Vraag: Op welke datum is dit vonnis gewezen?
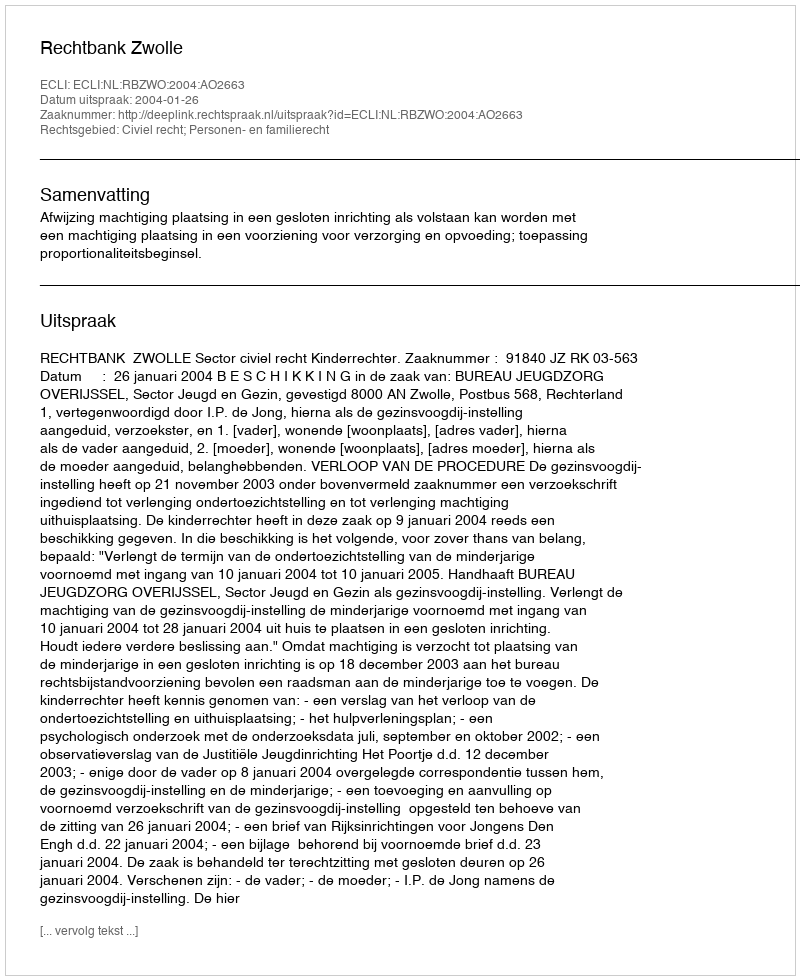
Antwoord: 2004-01-26